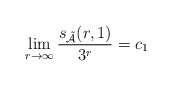
\begin{align*} \lim_{r\to\infty}\frac{s_{\mathcal{\tilde{A}}}(r,1)}{3^r}=c_1\end{align*}